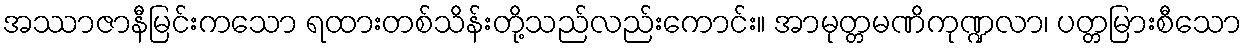
အဿာဇာနီမြင်းကသော ရထားတစ်သိန်းတို့သည်လည်းကောင်း။ အာမုတ္တမဏိကုဏ္ဍလာ၊ ပတ္တမြားစီသော